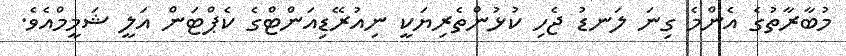
މުބާރާތުގެ އެންމެ ގިނަ ލަނޑު ޖެހި ކުޅުންތެރިޔަކީ ނިއުރޭޑިއަންޓްގެ ކެޕްޓަން އަލީ ޝަމީމްއެވެ.